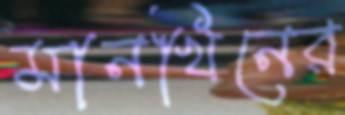
মানখিনের